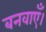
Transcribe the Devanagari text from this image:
बनवाएँ।